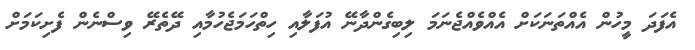
އެފަދަ މީހުން އެއްތަނަކަށް އެއްވެއްޖެނަމަ ލިބިގެންދާނޭ އުފަލާއި ހިތްހަމަޖެހުމާއި ދޭތެރޭ ވިސްނެން ފެށިކަމަށް